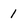
Character: 1